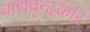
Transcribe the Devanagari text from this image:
वाद्यवृन्दकार